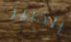
الخبير